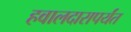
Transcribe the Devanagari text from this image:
हवालदारापर्यंत